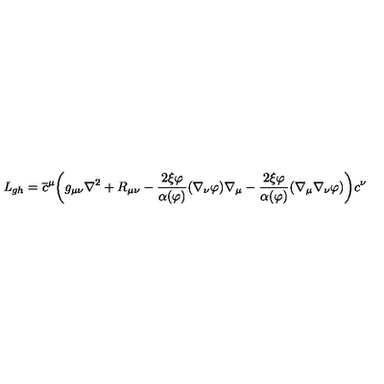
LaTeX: { \it L } _ { g h } = \overline { c } ^ { \mu } \biggl ( g _ { \mu \nu } \nabla ^ { 2 } + R _ { \mu \nu } - \frac { 2 \xi \varphi } { \alpha ( \varphi ) } ( \nabla _ { \nu } \varphi ) \nabla _ { \mu } - \frac { 2 \xi \varphi } { \alpha ( \varphi ) } ( \nabla _ { \mu } \nabla _ { \nu } \varphi ) \biggr ) c ^ { \nu }